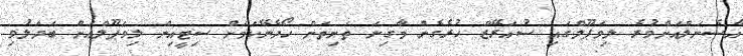
އާސެނަލްއަށްވުރެ ލިވަޕޫލްގައި ސުއަރޭޒް ހުރެގެން މާގިނަ ތަށިތަށް ހޯދެނޭކަމަށް ސިޓީއިން ލިވަޕޫލްއަށް ބަދަލުވި